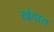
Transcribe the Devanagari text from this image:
खंदात